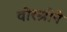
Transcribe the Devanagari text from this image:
वीरश्रीने